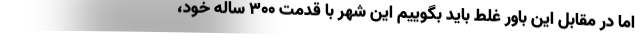
اما در مقابل این باور غلط باید بگوییم این شهر با قدمت 300 ساله خود،